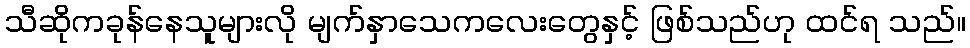
သီဆိုကခုန်နေသူများလို မျက်နှာသေကလေးတွေနှင့် ဖြစ်သည်ဟု ထင်ရ သည်။